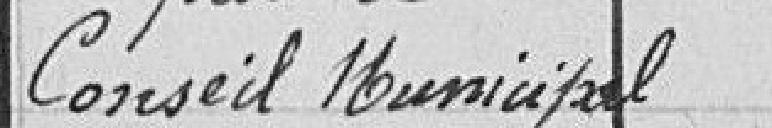
Conseil Municipal